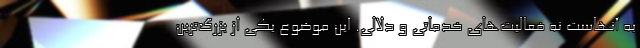
به آنهاست نه فعالیت‌های خدماتی و دلالی. این موضوع یکی از بزرگ‌ترین